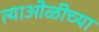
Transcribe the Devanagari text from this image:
त्याओळीच्या